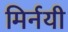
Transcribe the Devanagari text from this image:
मिर्नयी